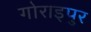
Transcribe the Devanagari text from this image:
गोराइपुर